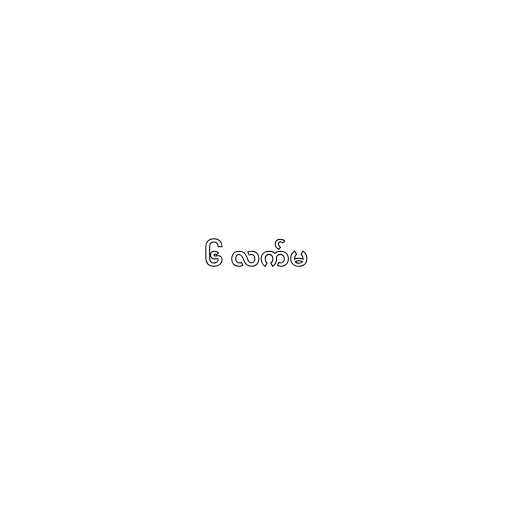
၆ လက်မ